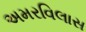
અમરવિલાસ